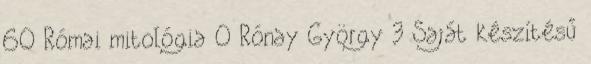
60 Római mitológia 0 Rónay György 3 Saját készítésű